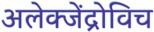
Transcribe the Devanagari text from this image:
अलेक्जेंद्रोविच